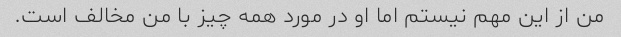
من از این مهم نیستم اما او در مورد همه چیز با من مخالف است.